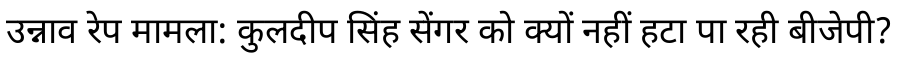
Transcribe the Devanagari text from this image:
उन्नाव रेप मामला: कुलदीप सिंह सेंगर को क्यों नहीं हटा पा रही बीजेपी?